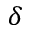
\delta